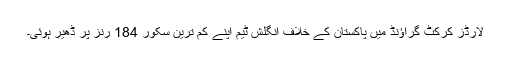
لارڈز کرکٹ گراﺅنڈ میں پاکستان کے خلاف انگلش ٹیم اپنے کم ترین سکور 184 رنز پر ڈھیر ہوئی۔